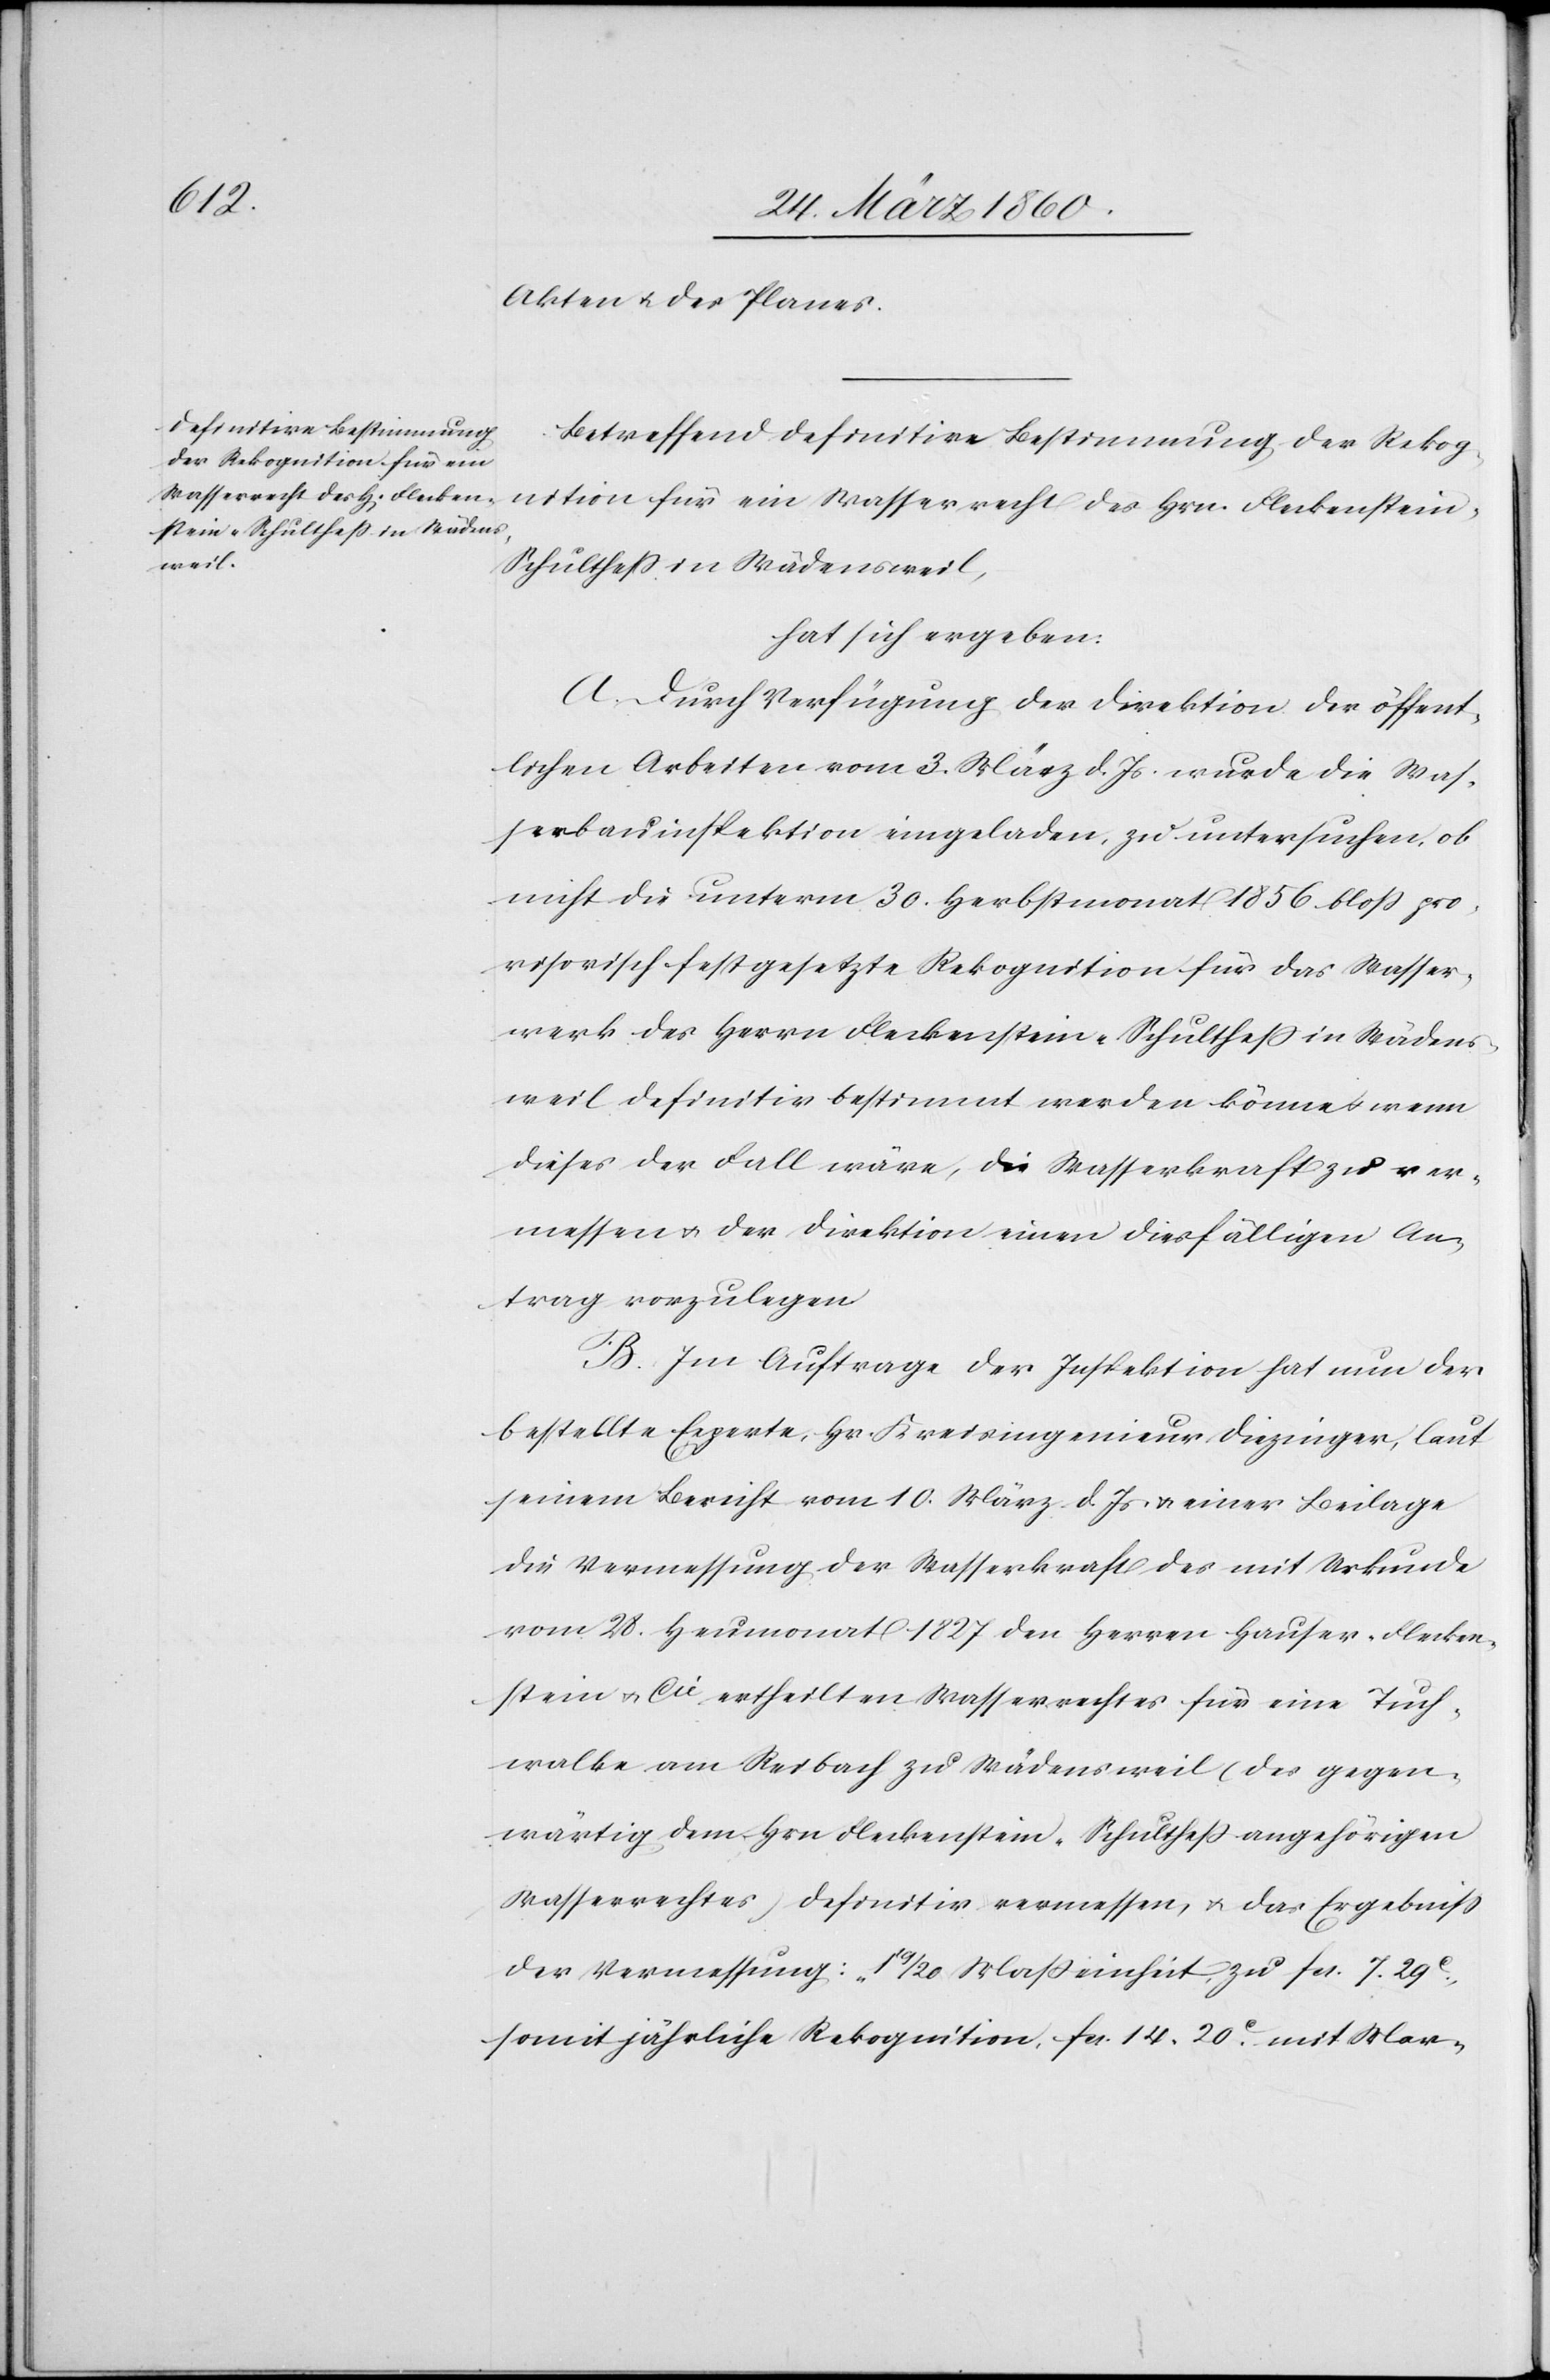
Akten u. des Planes.
Betreffend definitive Bestimmung der Rekog¬
nition für ein Wasserrecht des Hrn. Fleckenstei¬
n-Schulthess in Wädensweil,
hat sich ergeben:
A. Durch Verfügung der Direktion der öffent¬
lichen Arbeiten vom 3. März d. Js. wurde die Was¬
serbauinspektion eingeladen, zu untersuchen, ob
nicht die unterm 30. Herbstmonat 1856 bloss pro¬
visorisch festgesetzte Rekognition für das Wasser¬
werk des Herrn Fleckenstein-Schulthess in Wädens¬
weil definitiv bestimmt werden könne u. wenn
dieses der Fall wäre, die Wasserkraft zu ver¬
messen u. der Direktion einen diesfälligen An¬
trag vorzulegen.
B. Im Auftrage der Inspektion hat nun der
bestellte Experte, Hr. Kreisingenieur Diezinger, laut
seinem Bericht vom 10. März d. Js. u. einer Beilage
die Vermessung der Wasserkraft des mit Urkunde
vom 28. Heumonat 1827 den Herren Hauser-Flecken¬
stein u. Cie ertheilten Wasserrechtes für eine Tuch¬
walke am Reibach zu Wädensweil (des gegen¬
wärtig dem Hrn. Fleckenstein-Schulthess angehörigen
Wasserrechtes) definitiv vermessen, u. das Ergebniss
der Vermessung: „1 19/20 Masseinheit zu fcs. 7. 29C,
somit jährliche Rekognition fcs. 14. 20C mit Mar-